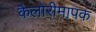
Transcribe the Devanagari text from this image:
कैलोरीमापक